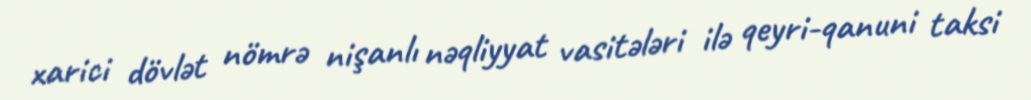
xarici dövlət nömrə nişanlı nəqliyyat vasitələri ilə qeyri-qanuni taksi